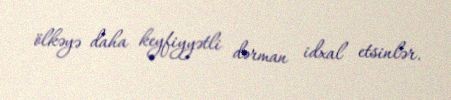
ölkəyə daha keyfiyyətli dərman idxal etsinlər.